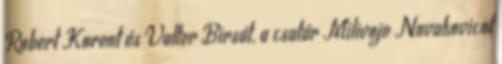
Robert Korent és Valter Birsát, a csatár Milivoje Novakovicot